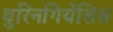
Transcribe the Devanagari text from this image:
थुरिनगियेंसिस